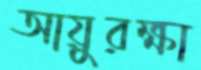
আয়ুরক্ষা